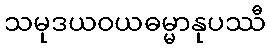
သမုဒယဝယဓမ္မာနုပဿီ